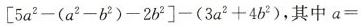
$$[ 5 a ^ { 2 } - ( a ^ { 2 } - b ^ { 2 } ) - 2